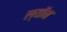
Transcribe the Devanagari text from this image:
ल्याॅन